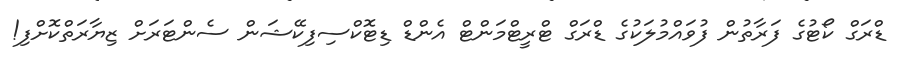
ޑްރަގް ކޯޓުގެ ފަރާތުން ފުވައްމުލަކުގެ ޑްރަގް ޓްރީޓްމަންޓް އެންޑް ޑިޓޮކްސިފިކޭޝަން ސެންޓަރަށް ޒިޔާރަތްކޮށްފި!